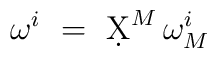
\omega^i\ =\ \d X^M \, \omega_M^i